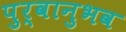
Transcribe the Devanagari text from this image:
पुर्वानुभव